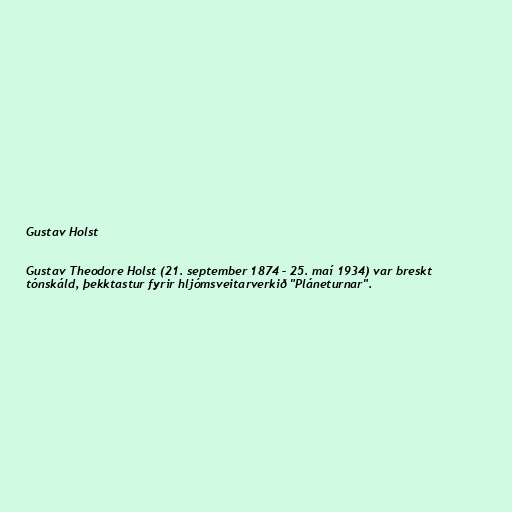
Gustav Holst

Gustav Theodore Holst (21. september 1874 – 25. maí 1934) var breskt
tónskáld, þekktastur fyrir hljómsveitarverkið "Pláneturnar".